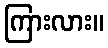
ကြားလား။